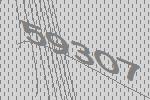
59307